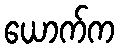
ယောက်က